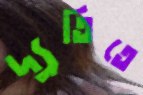
দ্যুতিতে